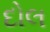
દોલ